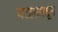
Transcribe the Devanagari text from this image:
पटलामधून